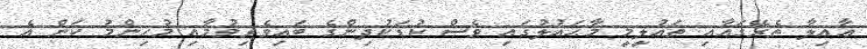
ޢާއިލާ ތެރޭގައާއި ތަޢުލީމީ މާޙައުލުގައި ވެސް ކުޑަކުދިންގެ ބައިވެރިވުމާއި މުހިންމު ކަން އެ